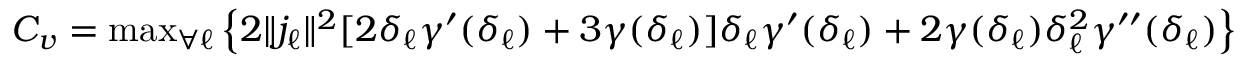
C _ { v } = { \mathrm { m a x } } _ { \forall \ell } \left\lbrace 2 \| j _ { \ell } \| ^ { 2 } [ 2 \delta _ { \ell } \gamma ^ { \prime } ( \delta _ { \ell } ) + 3 \gamma ( \delta _ { \ell } ) ] \delta _ { \ell } \gamma ^ { \prime } ( \delta _ { \ell } ) + 2 \gamma ( \delta _ { \ell } ) \delta _ { \ell } ^ { 2 } \gamma ^ { \prime \prime } ( \delta _ { \ell } ) \right\rbrace